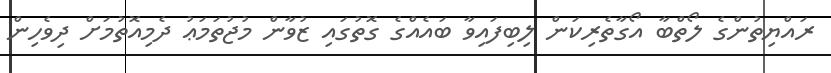
ރައްޔިތުންގެ ލޯތްބާ އޯގާތެރިކަން ލިބިފައިވާ ބައެއްގެ ގޮތުގައި ޒުވާން މުޖުތަމަޢު ދެމިއޮތުމަށް ދިވެހިން